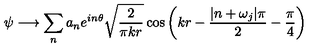
\psi \longrightarrow \sum _ { n } a _ { n } e ^ { i n \theta } \sqrt { \frac { 2 } { \pi k r } } \cos \left( k r - \frac { | n + \omega _ { j } | \pi } { 2 } - \frac { \pi } { 4 } \right)